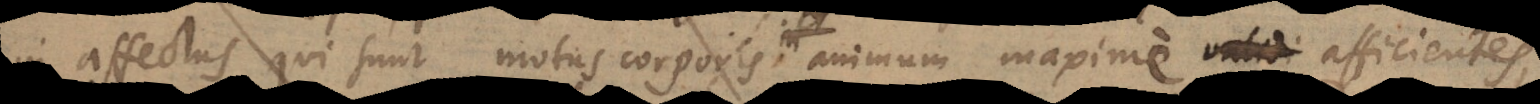
in affectus qui sunt motus corporis, animum maxime validi afficientes,